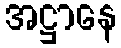
အဋ္ဌာနေ